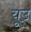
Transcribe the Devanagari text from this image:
यूउ